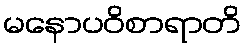
မနောပဝိစာရာတိ